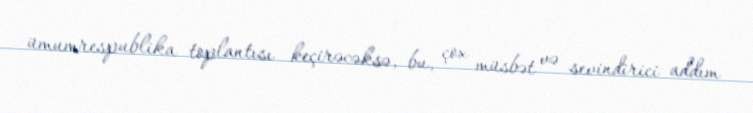
ümumrespublika toplantısı keçirəcəksə, bu, çox müsbət və sevindirici addım